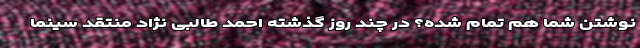
نوشتن شما هم تمام شده؟ در چند روز گذشته احمد طالبی نژاد منتقد سینما